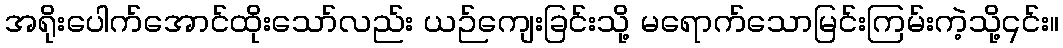
အရိုးပေါက်အောင်ထိုးသော်လည်း ယဉ်ကျေးခြင်းသို့ မရောက်သောမြင်းကြမ်းကဲ့သို့၎င်း။